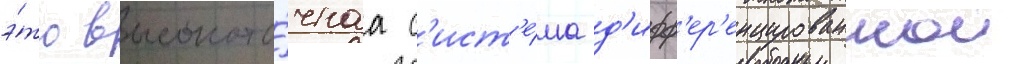
э́то высокото́чнаа с'ист'е́ма д'ифф'ер'енцированнои